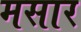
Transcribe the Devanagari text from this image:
मसार